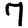
Digit: 7